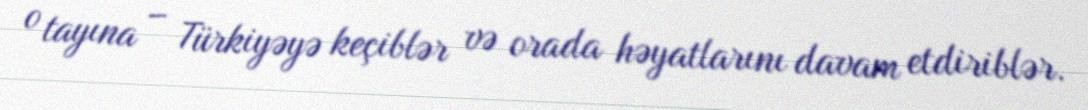
o tayına – Türkiyəyə keçiblər və orada həyatlarını davam etdiriblər.